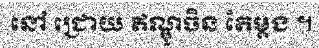
នៅ ជ្រោយ ឥណ្ឌូចិន តែម្តង ។